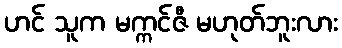
ဟင် သူက မက္ကင်ဇီ မဟုတ်ဘူးလား